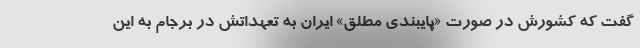
گفت که کشورش در صورت «پایبندی مطلق» ایران به تعهداتش در برجام به این